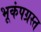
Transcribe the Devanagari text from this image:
भूकंपग्रस्त